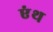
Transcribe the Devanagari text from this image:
एंथ